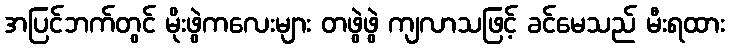
အပြင်ဘက်တွင် မိုးဖွဲကလေးများ တဖွဲဖွဲ ကျလာသဖြင့် ခင်မေသည် မီးရထား